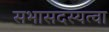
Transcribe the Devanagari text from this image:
सभासदस्यत्वा